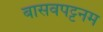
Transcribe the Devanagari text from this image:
बासवपट्टनम